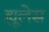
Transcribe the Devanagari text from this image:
ह्यूलेस